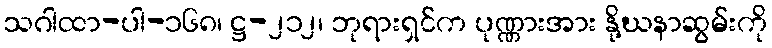
သဂါထာ-ပါ-၁၆၈၊ ဋ္ဌ-၂၁၂၊ ဘုရားရှင်က ပုဏ္ဏားအား နို့ဃနာဆွမ်းကို